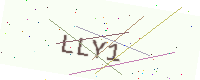
Text: LLY1